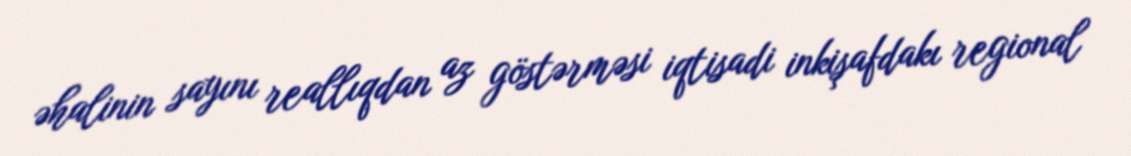
əhalinin sayını reallıqdan az göstərməsi iqtisadi inkişafdakı regional